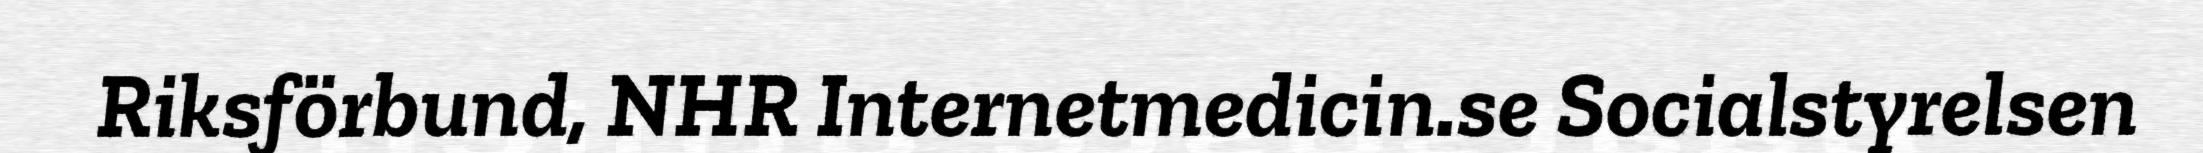
Riksförbund, NHR Internetmedicin.se Socialstyrelsen